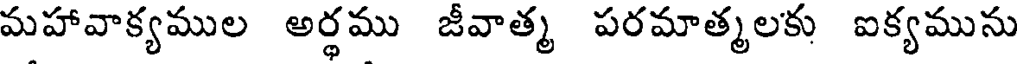
మహావాక్యముల అర్థము జీవాత్మ పరమాత్మలకు ఐక్యమును